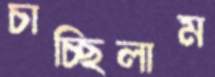
চাচ্ছিলাম